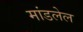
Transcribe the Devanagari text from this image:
मांडलेल